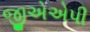
જીએએપી